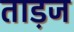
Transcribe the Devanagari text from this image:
ताड़ज